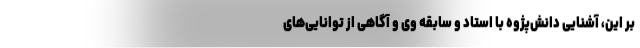
بر این، آشنایی دانش‌پژوه با استاد و سابقه وی و آگاهی از توانایی‌های